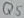
Text: Q5